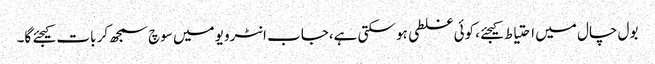
بول چال میں احتیاط کیجئے، کوئی غلطی ہو سکتی ہے،جاب انٹرویو میں سوچ سمجھ کر بات کیجئے گا۔